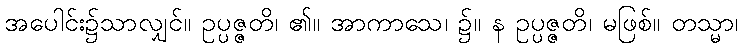
အပေါင်း၌သာလျှင်။ ဥပ္ပဇ္ဇတိ၊ ၏။ အာကာသေ၊ ၌။ န ဥပ္ပဇ္ဇတိ၊ မဖြစ်။ တသ္မာ၊